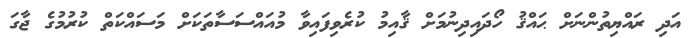
އަދި ރައްޔިތުންނަށް ޙައްޤު ހޯދައިދިނުމަށް ޤާއިމު ކުރެވިފައިވާ މުއައްސަސާތަކަށް މަސައްކަތް ކުރުމުގެ ޖާގަ